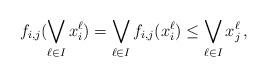
LaTeX: \begin{align*} f_{i,j}(\bigvee_{\ell \in I} x^{\ell}_{i}) & = \bigvee_{\ell \in I} f_{i,j}(x^{\ell}_{i}) \leq \bigvee_{\ell \in I}x^{\ell}_{j} \,, \end{align*}